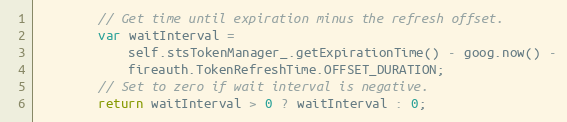
Language: JavaScript
        // Get time until expiration minus the refresh offset.
        var waitInterval =
            self.stsTokenManager_.getExpirationTime() - goog.now() -
            fireauth.TokenRefreshTime.OFFSET_DURATION;
        // Set to zero if wait interval is negative.
        return waitInterval > 0 ? waitInterval : 0;